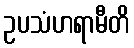
ဥပသံဟရာမီတိ